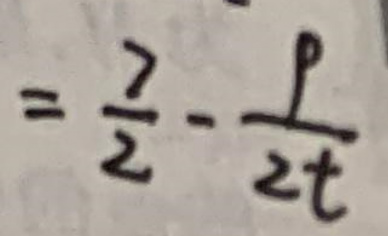
$= \frac{7}{2} - \frac{p}{2t}$